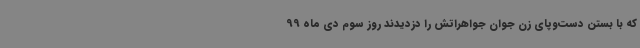
که با بستن دست‌وپای زن جوان جواهراتش را دزدیدند روز سوم دی ماه 99